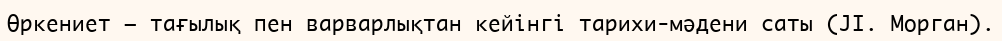
Өркениет — тағылық пен варварлықтан кейінгі тарихи-мәдени саты (JI. Морган).